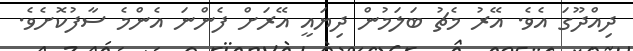
ދިއްދޫގަ އެވެ. އޭރު މެޗު ބަލަމުން ދިޔައީ އޭރަށް ފެންނަ އެންމެ ސާފުކޮށެވެ.